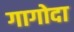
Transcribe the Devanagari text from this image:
गागोदा